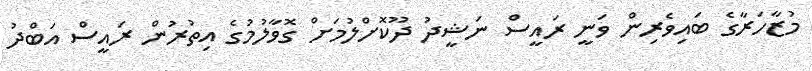
މުޒާހަރާގެ ބައިވެރިން ވަނީ ރައީސް ނަޝީދު ދޫކޮށްލުމަށް ގޮވާލުމުގެ އިތުރުން ރައީސް އަބްދު